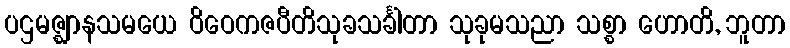
ပဌမဇ္ဈာနသမယေ ဝိဝေကဇပီတိသုခသင်္ခါတာ သုခုမသညာ သစ္စာ ဟောတိ, ဘူတာ